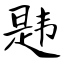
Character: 韪